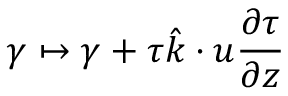
\gamma \mapsto \gamma + \tau \hat { k } \cdot u \frac { \partial \tau } { \partial z }